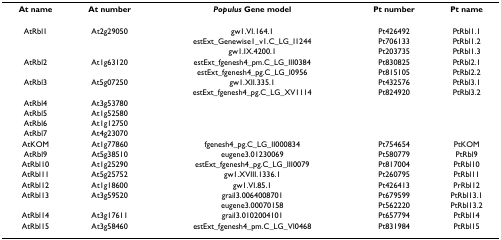
<table><thead><tr><td><b>At name</b></td><td><b>At number</b></td><td><b><i>Populus </i>Gene model</b></td><td><b>Pt number</b></td><td><b>Pt name</b></td></tr></thead><tbody><tr><td>AtRbl1</td><td>At2g29050</td><td>gw1.VI.164.1</td><td>Pt426492</td><td>PtRbl1.1</td></tr><tr><td></td><td></td><td>estExt_Genewise1_v1.C_LG_I1244</td><td>Pt706133</td><td>PtRbl1.2</td></tr><tr><td></td><td></td><td>gw1.IX.4200.1</td><td>Pt203735</td><td>PtRbl1.3</td></tr><tr><td>AtRbl2</td><td>At1g63120</td><td>estExt_fgenesh4_pm.C_LG_III0384</td><td>Pt830825</td><td>PtRbl2.1</td></tr><tr><td></td><td></td><td>estExt_fgenesh4_pg.C_LG_I0956</td><td>Pt815105</td><td>PtRbl2.2</td></tr><tr><td>AtRbl3</td><td>At5g07250</td><td>gw1.XII.335.1</td><td>Pt432576</td><td>PtRbl3.1</td></tr><tr><td></td><td></td><td>estExt_fgenesh4_pg.C_LG_XV1114</td><td>Pt824920</td><td>PtRbl3.2</td></tr><tr><td>AtRbl4</td><td>At3g53780</td><td></td><td></td><td></td></tr><tr><td>AtRbl5</td><td>At1g52580</td><td></td><td></td><td></td></tr><tr><td>AtRbl6</td><td>At1g12750</td><td></td><td></td><td></td></tr><tr><td>AtRbl7</td><td>At4g23070</td><td></td><td></td><td></td></tr><tr><td>AtKOM</td><td>At1g77860</td><td>fgenesh4_pg.C_LG_II000834</td><td>Pt754654</td><td>PtKOM</td></tr><tr><td>AtRbl9</td><td>At5g38510</td><td>eugene3.01230069</td><td>Pt580779</td><td>PtRbl9</td></tr><tr><td>AtRbl10</td><td>At1g25290</td><td>estExt_fgenesh4_pg.C_LG_III0079</td><td>Pt817004</td><td>PtRbl10</td></tr><tr><td>AtRbl11</td><td>At5g25752</td><td>gw1.XVIII.1336.1</td><td>Pt260795</td><td>PtRbl11</td></tr><tr><td>AtRbl12</td><td>At1g18600</td><td>gw1.VI.85.1</td><td>Pt426413</td><td>PrRbl12</td></tr><tr><td>AtRbl13</td><td>At3g59520</td><td>grail3.0064008701</td><td>Pt679599</td><td>PtRbl13.1</td></tr><tr><td></td><td></td><td>eugene3.00070158</td><td>Pt562220</td><td>PtRbl13.2</td></tr><tr><td>AtRbl14</td><td>At3g17611</td><td>grail3.0102004101</td><td>Pt657794</td><td>PtRbl14</td></tr><tr><td>AtRbl15</td><td>At3g58460</td><td>estExt_fgenesh4_pm.C_LG_VI0468</td><td>Pt831984</td><td>PtRbl15</td></tr></tbody></table>